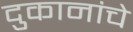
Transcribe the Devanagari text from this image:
दुकानांचे